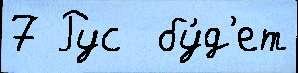
7 Рус  бу́д'ет